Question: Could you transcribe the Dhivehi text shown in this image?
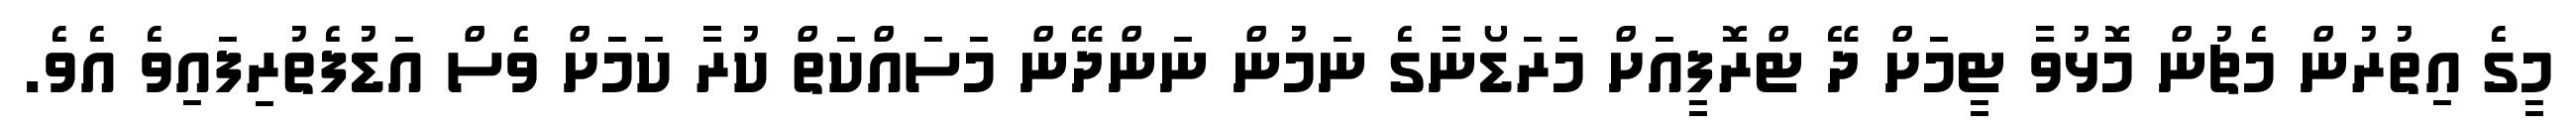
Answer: މީގެ އިތުރުން މެޗުން މޮޅުވާ ޓީމަށް ދޭ ޓްރޮފީއަށް މަރަޑޯނާގެ ނަމުން ނަންދޭން މަސައްކަތް ކުރާ ކަމަށް ވެސް އަޑުފެތުރިފައިވެ އެވެ.